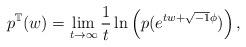
LaTeX: \begin{align*} p^{\mathbb{T}}(w) = \lim_{t\to \infty} \frac{1}{t}\ln \left(p(e^{tw+\sqrt{-1}\phi})\right),\end{align*}